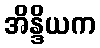
အိန္ဒိယက